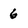
Character: 6